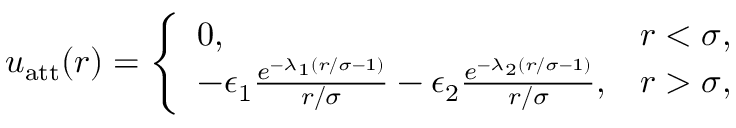
\begin{array} { r } { u _ { \mathrm { a t t } } ( r ) = \left\{ \begin{array} { l l } { 0 , \quad } & { r < \sigma , } \\ { - \epsilon _ { 1 } \frac { e ^ { - \lambda _ { 1 } ( r / \sigma - 1 ) } } { r / \sigma } - \epsilon _ { 2 } \frac { e ^ { - \lambda _ { 2 } ( r / \sigma - 1 ) } } { r / \sigma } , } & { r > \sigma , } \end{array} \right. } \end{array}